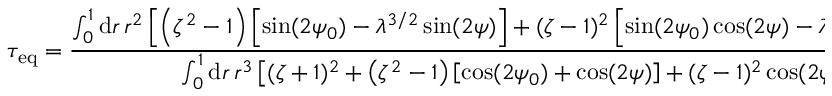
\tau _ { \mathrm { e q } } = \frac { \int _ { 0 } ^ { 1 } \mathrm { d } r \, r ^ { 2 } \left[ \left( \zeta ^ { 2 } - 1 \right) \left[ \sin ( 2 \psi _ { 0 } ) - \lambda ^ { 3 / 2 } \sin ( 2 \psi ) \right] + ( \zeta - 1 ) ^ { 2 } \left[ \sin ( 2 \psi _ { 0 } ) \cos ( 2 \psi ) - \lambda ^ { 3 / 2 } \cos ( 2 \psi _ { 0 } ) \sin ( 2 \psi ) \right] \right] } { \int _ { 0 } ^ { 1 } \mathrm { d } r \, r ^ { 3 } \left[ ( \zeta + 1 ) ^ { 2 } + \left( \zeta ^ { 2 } - 1 \right) \left[ \cos ( 2 \psi _ { 0 } ) + \cos ( 2 \psi ) \right] + ( \zeta - 1 ) ^ { 2 } \cos ( 2 \psi _ { 0 } ) \cos ( 2 \psi ) \right] } .